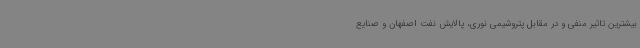
بیشترین تاثیر منفی و در مقابل پتروشیمی نوری، پالایش نفت اصفهان و صنایع